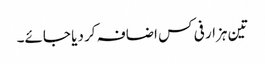
تین ہزار فی کس اضافہ کر دیا جائے۔